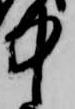
中